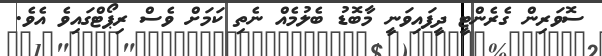
ސޮވަރިން ގެރެންޓީ ދީފައިވަނީ މާބޮޑު ބެލުމެއް ނެތި ކަމަށް ވެސް ރިޕޯޓްގައިވެ އެވެ.